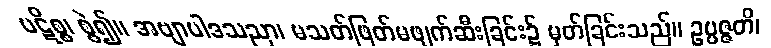
ပဋိစ္စ၊ စွဲ၍။ အဗျာပါဒသညာ၊ မသတ်ဖြတ်မဖျက်ဆီးခြင်း၌ မှတ်ခြင်းသည်။ ဥပ္ပဇ္ဇတိ၊